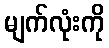
မျက်လုံးကို